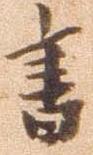
書